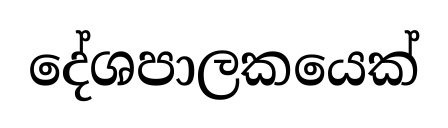
දේශපාලකයෙක්